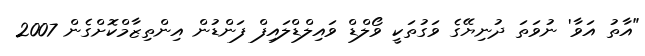
"އާތު އަވާ' ނުވަތަ ދުނިޔޭގެ ވަގުތަކީ ވޯލްޑް ވައިލްޑްލައިފް ފަންޑުން އިންތިޒާމްކޮށްގެން 2007